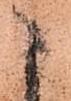
こ